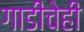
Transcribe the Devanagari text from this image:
गाडीचेही